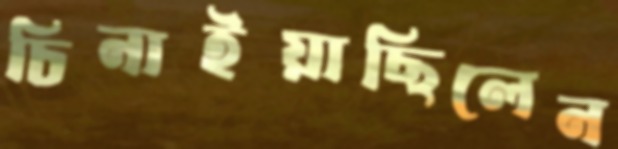
চিনাইয়াছিলেন